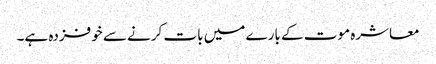
معاشرہ موت کے بارے میں بات کرنے سے خوفزدہ ہے۔